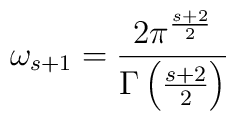
\omega_{s+1}={2\pi^{s+2\over 2}\over \Gamma\left({s+2\over 2}\right)}